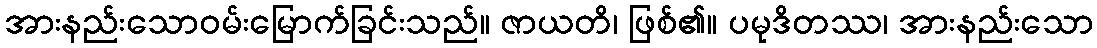
အားနည်းသောဝမ်းမြောက်ခြင်းသည်။ ဇာယတိ၊ ဖြစ်၏။ ပမုဒိတဿ၊ အားနည်းသော